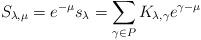
LaTeX: \begin{align*}S_{\lambda,\mu}=e^{-\mu}s_{\lambda}=\sum_{\gamma\in P}K_{\lambda,\gamma}e^{\gamma-\mu}\end{align*}